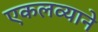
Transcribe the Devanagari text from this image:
एकलव्याने